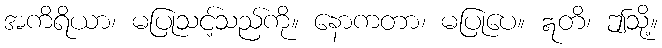
အကိရိယာ၊ မပြုသင့်သည်ကို။ နောကတာ၊ မပြုပေ။ ဣတိ၊ ဤသို့။